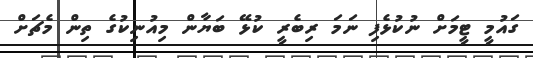
ގައުމީ ޓީމަށް ނުކުޅެފި ނަމަ ރިބެރީ ކުޅޭ ބަޔާން މިއުނިކުގެ ތިން މެޗަށް